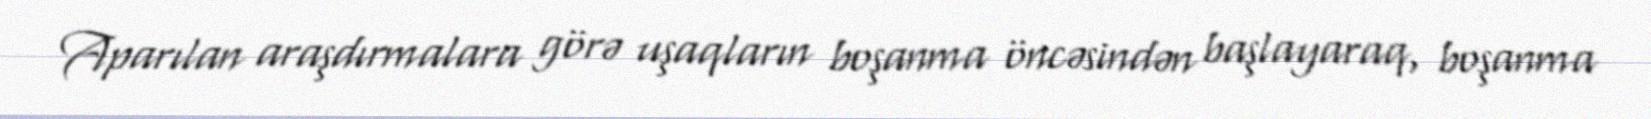
Aparılan araşdırmalara görə uşaqların boşanma öncəsindən başlayaraq, boşanma